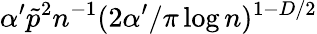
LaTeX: \alpha^{\prime}\tilde{p}^{2}n^{-1}(2\alpha^{\prime}/\pi\log n)^{1-D/2}